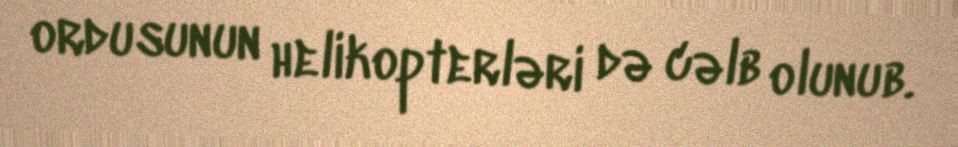
ordusunun helikopterləri də cəlb olunub.